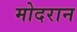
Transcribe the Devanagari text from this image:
मोदरान